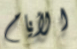
الأيام